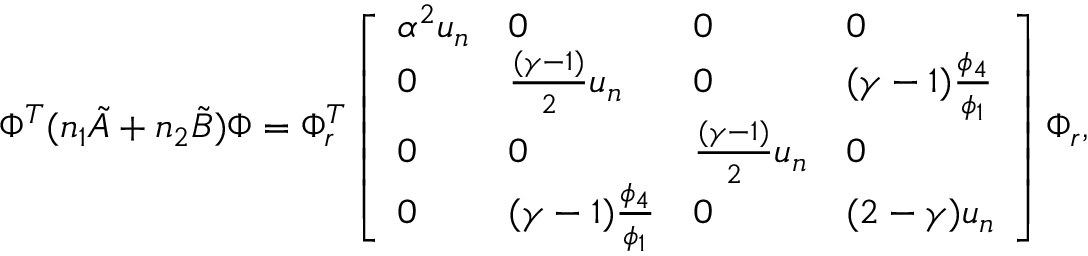
\Phi ^ { T } ( n _ { 1 } \tilde { A } + n _ { 2 } \tilde { B } ) \Phi = \Phi _ { r } ^ { T } \left[ \begin{array} { l l l l } { \alpha ^ { 2 } u _ { n } } & { 0 } & { 0 } & { 0 } \\ { 0 } & { \frac { ( \gamma - 1 ) } { 2 } u _ { n } } & { 0 } & { ( \gamma - 1 ) \frac { \phi _ { 4 } } { \phi _ { 1 } } } \\ { 0 } & { 0 } & { \frac { ( \gamma - 1 ) } { 2 } u _ { n } } & { 0 } \\ { 0 } & { ( \gamma - 1 ) \frac { \phi _ { 4 } } { \phi _ { 1 } } } & { 0 } & { ( 2 - \gamma ) u _ { n } } \end{array} \right] \Phi _ { r } ,